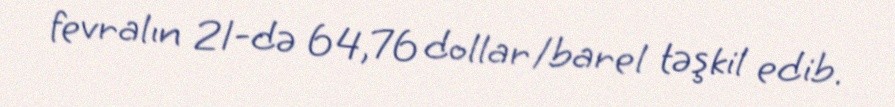
fevralın 21-də 64,76 dollar/barel təşkil edib.